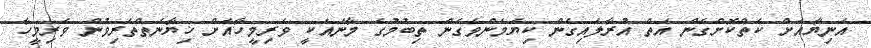
އަނިޔާއަށް ކެތްކޮށްގެން އަތް އުރާލައިގެން ކިޔަމަންވެގެން ތިބުމުގެ މާނައަކީ ވެރިމީހާއަށް ޚިޔާނަތްތެރިވުން ވެރިމީހާ